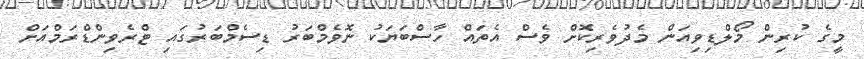
މީގެ ކުރިން މޯލްޑިވިއަން މެދުވެރިކޮށް ވެސް އެތައް ހާސްބަޔަކު ނޮވެމްބަރު ޑިސެމްބަރުގައި ޓްރެވިންޑްރަމްއަށް